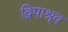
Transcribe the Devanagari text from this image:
द्विपाश्र्व